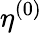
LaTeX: \eta^{(0)}